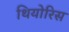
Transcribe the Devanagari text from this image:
थियोरिस